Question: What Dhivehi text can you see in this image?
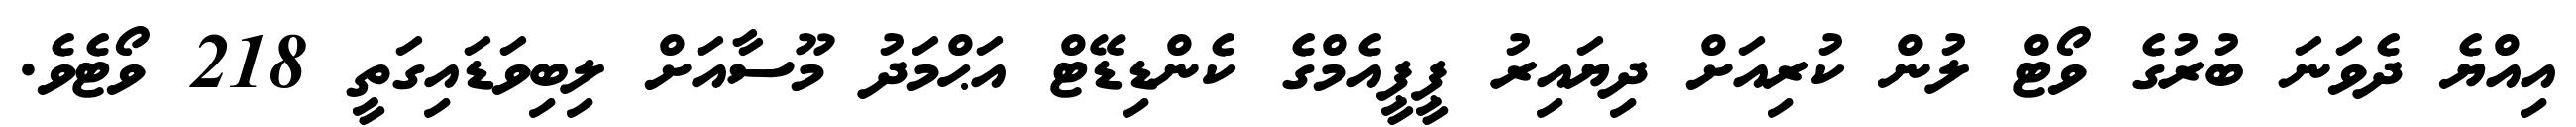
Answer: އިއްޔެ ދެވަނަ ބުރުގެ ވޯޓް ލުން ކުރިއަށް ދިޔައިރު ޕީޕީއެމްގެ ކެންޑިޑޭޓް އަޙްމަދު މޫސާއަށް ލިބިވަޑައިގަތީ 218 ވޯޓެވެ.